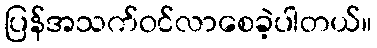
ပြန်အသက်ဝင်လာစေခဲ့ပါတယ်။